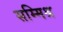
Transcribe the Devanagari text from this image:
सम्‍मिश्र